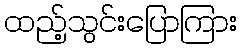
ထည့်သွင်းပြောကြား